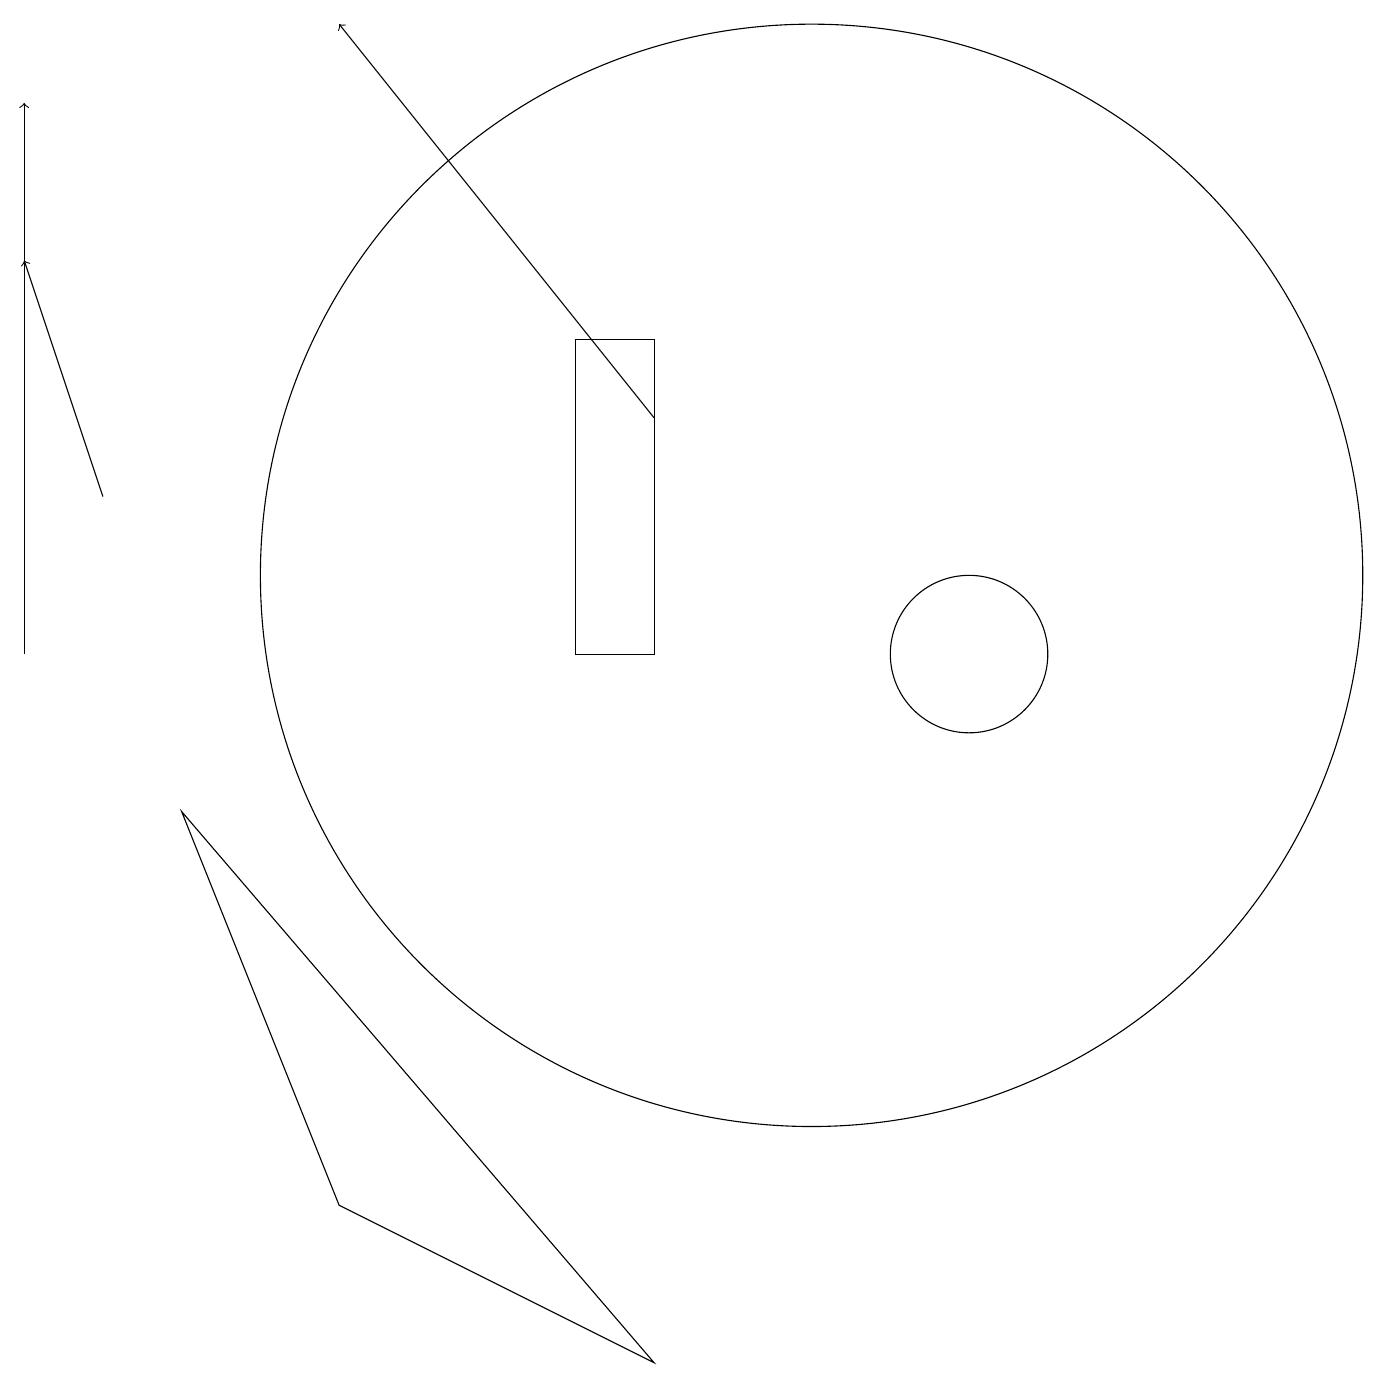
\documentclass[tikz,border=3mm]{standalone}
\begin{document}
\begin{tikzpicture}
\draw (10,11) circle (7);
\draw[->] (0,10) -- (0,17);
\draw[->] (1,12) -- (0,15);
\draw (12,10) circle (1);
\draw (2,8) -- (8,1) -- (4,3) -- cycle;
\draw (8,14) rectangle (7,10);
\draw[->] (8,13) -- (4,18);
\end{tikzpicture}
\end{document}